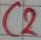
Text: C2